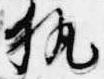
執